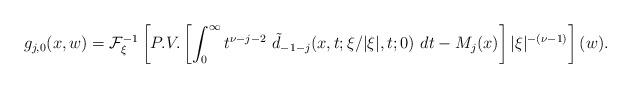
LaTeX: \begin{align*}\displaystyle g_{j,0}(x,w) ={\cal F}_\xi ^{-1}\left[P.V.\left[ \int_0^\infty t^{\nu -j-2}\ \tilde d_{-1-j}(x,t;\xi /\vert \xi\vert ,t;0)\ dt-M_j(x)\right] \vert \xi \vert ^{-(\nu -1)}\right] (w).\end{align*}